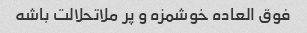
فوق العاده خوشمزه و پر ملاتحلالت باشه